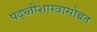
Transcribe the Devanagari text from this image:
पद्ध्तीशास्त्रासोबत